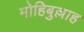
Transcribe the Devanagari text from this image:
मोहिबुल्लाह